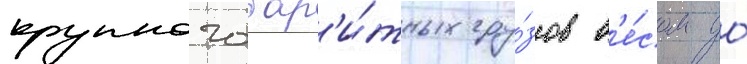
крупногабар'и́тных гру́зов в'е́сом до́